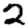
Digit: 2